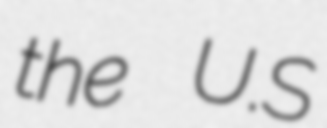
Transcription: the U.S